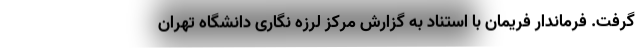
گرفت. فرماندار فریمان با استناد به گزارش مرکز لرزه نگاری دانشگاه تهران